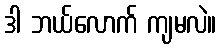
ဒါ ဘယ်လောက် ကျမလဲ။